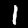
Digit: 1